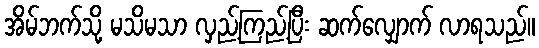
အိမ်ဘက်သို့ မသိမသာ လှည့်ကြည့်ပြီး ဆက်လျှောက် လာရသည်။